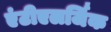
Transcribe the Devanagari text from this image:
एंटीएलर्जिक